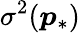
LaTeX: \sigma^{2}(\boldsymbol{p}_{\ast})